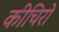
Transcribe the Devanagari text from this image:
कीचिरो